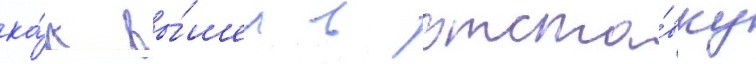
ка́к вы́шел в отста́вку